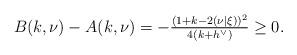
LaTeX: \begin{align*} B(k,\nu)-A(k,\nu)=-\tfrac{(1+k-2(\nu|\xi))^2}{4(k+h^\vee)}\ge 0.\end{align*}